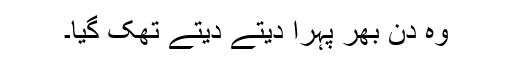
وہ دن بھر پہرا دیتے دیتے تھک گیا۔